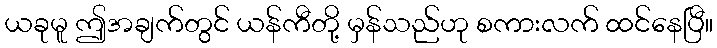
ယခုမူ ဤအချက်တွင် ယန်ကီတို့ မှန်သည်ဟု စကားလက် ထင်နေပြီ။